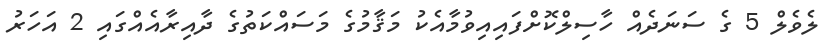
ލެވެލް 5 ގެ ސަނަދެއް ހާސިލްކޮށްފައިއިވުމާއެކު މަޤާމުގެ މަސައްކަތުގެ ދާއިރާއެއްގައި 2 އަހަރު